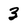
Character: 3